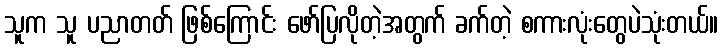
သူက သူ ပညာတတ် ဖြစ်ကြောင်း ဖော်ပြလိုတဲ့အတွက် ခက်တဲ့ စကားလုံးတွေပဲသုံးတယ်။